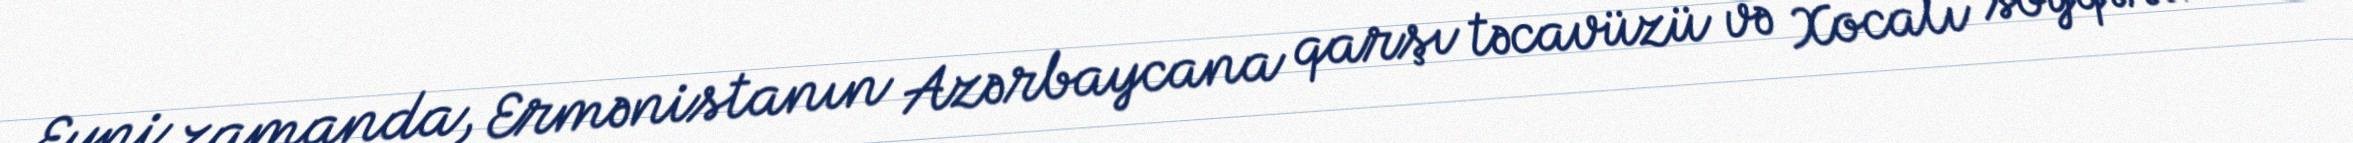
Eyni zamanda, Ermənistanın Azərbaycana qarşı təcavüzü və Xocalı soyqırımı